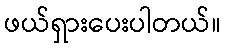
ဖယ်ရှားပေးပါတယ်။